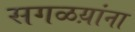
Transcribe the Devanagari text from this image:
सगळय़ांना